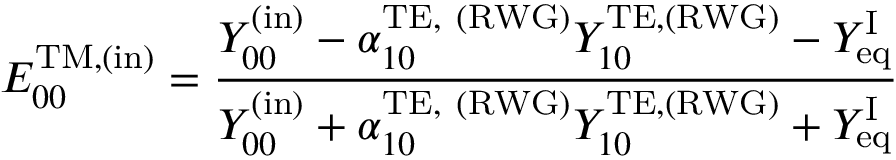
E _ { 0 0 } ^ { \mathrm { T M , ( i n ) } } = \frac { Y _ { 0 0 } ^ { \mathrm { ( i n ) } } - \alpha _ { 1 0 } ^ { \mathrm { T E , ~ ( R W G ) } } Y _ { 1 0 } ^ { \mathrm { T E } , \mathrm { ( R W G ) } } - Y _ { \mathrm { e q } } ^ { \mathrm { I } } } { Y _ { 0 0 } ^ { \mathrm { ( i n ) } } + \alpha _ { 1 0 } ^ { \mathrm { T E , ~ ( R W G ) } } Y _ { 1 0 } ^ { \mathrm { T E } , \mathrm { ( R W G ) } } + Y _ { \mathrm { e q } } ^ { \mathrm { I } } }